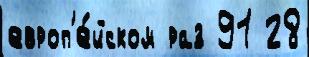
европ'е́йском раз 91 28